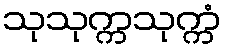
သုသုက္ကသုက္ကံ